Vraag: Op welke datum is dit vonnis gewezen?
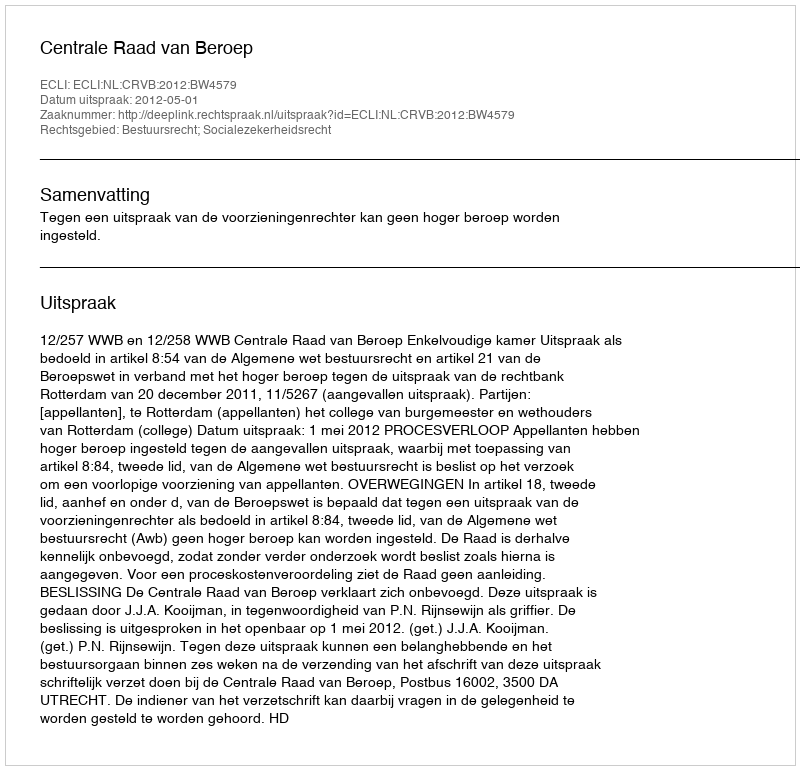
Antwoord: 2012-05-01